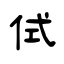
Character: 侙